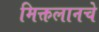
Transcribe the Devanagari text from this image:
मिक्तलानचे